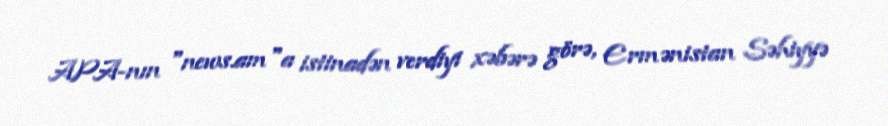
APA-nın "news.am"a istinadən verdiyi xəbərə görə, Ermənistan Səhiyyə